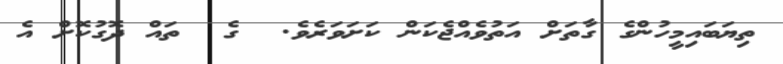
ތިޔަބައިމީހުންގެ ގާތަށް އަތުވެއްޖެކަން ކަށަވަރެވެ.  ގެ  ތައް ދޮގުކޮށް އެ